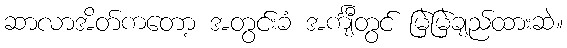
ဆာလာအိတ်ကတော့ အတွင်းခံ အင်္ကျီတွင် မြဲမြဲချည်ထားဆဲ။